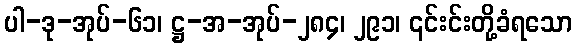
ပါ-ဒု-အုပ်-၆၁၊ ဋ္ဌ-အ-အုပ်-၂၈၄၊ ၂၉၁၊ ၎င်းင်းတို့ခံရသော